38_143685_box_Incident_Summaries_101-172
Agency: Department of War
Page 11
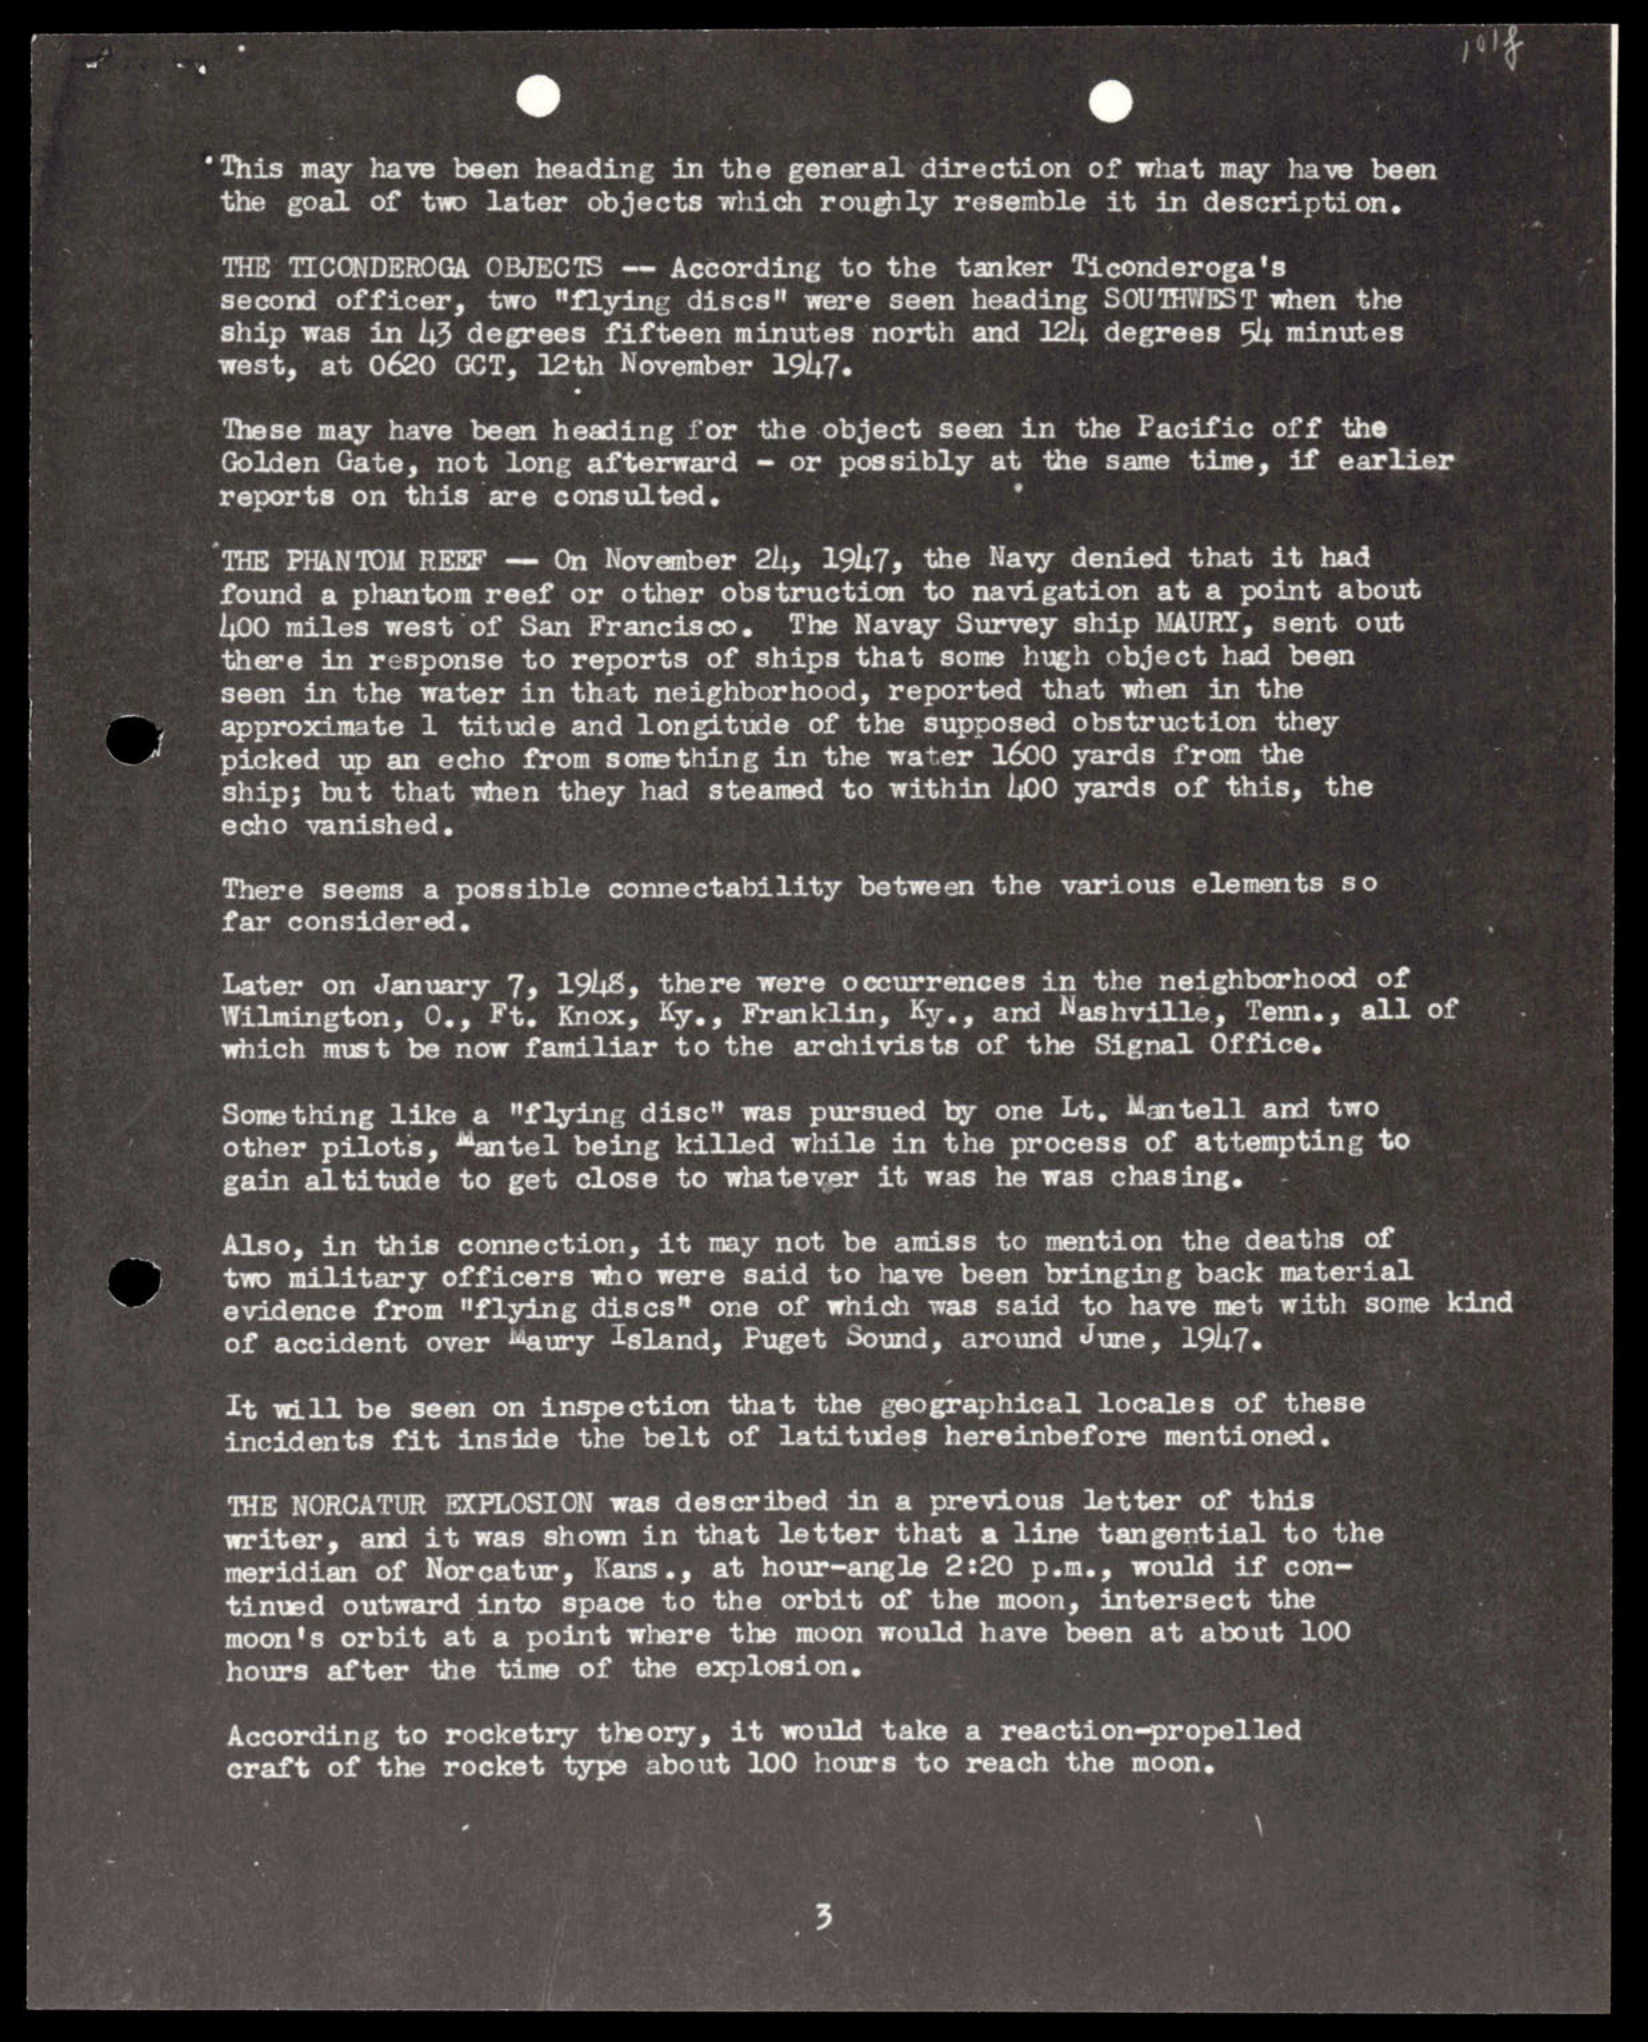